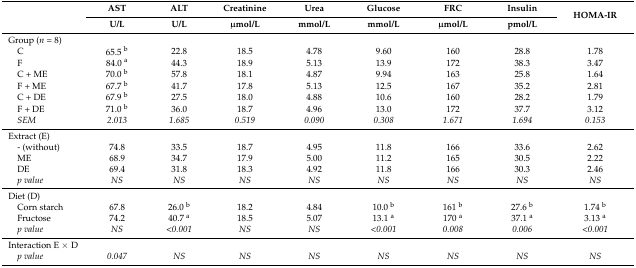
| <ROWSPAN=2>  | AST | ALT | Creatinine | Urea | Glucose | FRC | Insulin | <ROWSPAN=2> HOMA-IR |
 | U/L | U/L | μmol/L | mmol/L | mmol/L | μmol/L | pmol/L |
 | --- | --- | --- | --- | --- | --- | --- | --- | --- |
 | Group (n = 8) |  |  |  |  |  |  |  |  |
 | C | 65.5 b | 22.8 | 18.5 | 4.78 | 9.60 | 160 | 28.8 | 1.78 |
 | F | 84.0 a | 44.3 | 18.9 | 5.13 | 13.9 | 172 | 38.3 | 3.47 |
 | C + ME | 70.0 b | 57.8 | 18.1 | 4.87 | 9.94 | 163 | 25.8 | 1.64 |
 | F + ME | 67.7 b | 41.7 | 17.8 | 5.13 | 12.5 | 167 | 35.2 | 2.81 |
 | C + DE | 67.9 b | 27.5 | 18.0 | 4.88 | 10.6 | 160 | 28.2 | 1.79 |
 | F + DE | 71.0 b | 36.0 | 18.7 | 4.96 | 13.0 | 172 | 37.7 | 3.12 |
 | SEM | 2.013 | 1.685 | 0.519 | 0.090 | 0.308 | 1.671 | 1.694 | 0.153 |
 | Extract (E) |  |  |  |  |  |  |  |  |
 | - (without) | 74.8 | 33.5 | 18.7 | 4.95 | 11.8 | 166 | 33.6 | 2.62 |
 | ME | 68.9 | 34.7 | 17.9 | 5.00 | 11.2 | 165 | 30.5 | 2.22 |
 | DE | 69.4 | 31.8 | 18.3 | 4.92 | 11.8 | 166 | 30.3 | 2.46 |
 | p value | NS | NS | NS | NS | NS | NS | NS | NS |
 | Diet (D) |  |  |  |  |  |  |  |  |
 | Corn starch | 67.8 | 26.0 b | 18.2 | 4.84 | 10.0 b | 161 b | 27.6 b | 1.74 b |
 | Fructose | 74.2 | 40.7 a | 18.5 | 5.07 | 13.1 a | 170 a | 37.1 a | 3.13 a |
 | p value | NS | <0.001 | NS | NS | <0.001 | 0.008 | 0.006 | <0.001 |
 | Interaction E × D |  |  |  |  |  |  |  |  |
 | p value | 0.047 | NS | NS | NS | NS | NS | NS | NS |